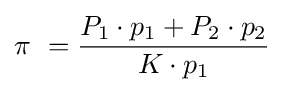
\pi \ ={\frac {P_{1}\cdot p_{1}+P_{2}\cdot p_{2}}{K\cdot p_{1}}}